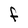
Character: F